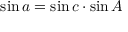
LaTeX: \sin a = \sin c \cdot \sin A